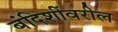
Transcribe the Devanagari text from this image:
बंदिशींवरील